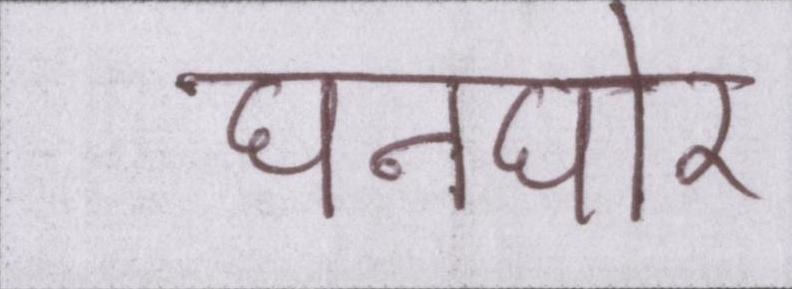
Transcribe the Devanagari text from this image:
घनघोर